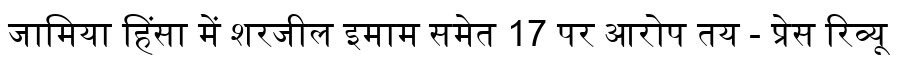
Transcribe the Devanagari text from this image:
जामिया हिंसा में शरजील इमाम समेत 17 पर आरोप तय - प्रेस रिव्यू